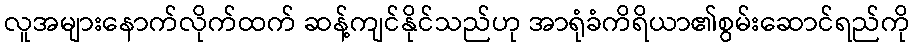
လူအများနောက်လိုက်ထက် ဆန့်ကျင်နိုင်သည်ဟု အာရုံခံကိရိယာ၏စွမ်းဆောင်ရည်ကို